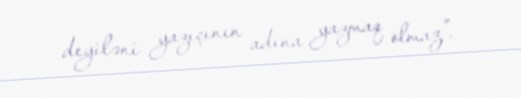
deyiləni yazıçının adına yazmaq olmaz”.